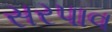
સરપાવ